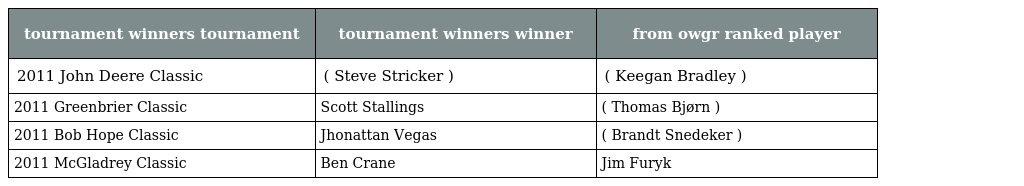
| tournament winners tournament | tournament winners winner | from owgr ranked player |
 | --- | --- | --- |
 | 2011 John Deere Classic | ( Steve Stricker ) | ( Keegan Bradley ) |
 | 2011 Greenbrier Classic | Scott Stallings | ( Thomas Bjørn ) |
 | 2011 Bob Hope Classic | Jhonattan Vegas | ( Brandt Snedeker ) |
 | 2011 McGladrey Classic | Ben Crane | Jim Furyk |